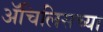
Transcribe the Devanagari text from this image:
ॲचिलिसच्या